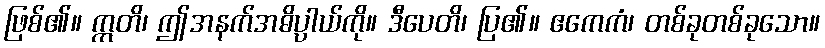
ဖြစ်၏။ ဣတိ၊ ဤအနက်အဓိပ္ပာယ်ကို။ ဒီပေတိ၊ ပြ၏။ ဧကေကံ၊ တစ်ခုတစ်ခုသော။